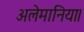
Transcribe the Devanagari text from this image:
अलेमानिया।